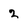
Character: 2